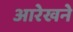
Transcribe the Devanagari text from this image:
आरेखने